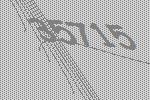
35715